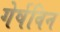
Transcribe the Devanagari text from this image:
गेर्षविन